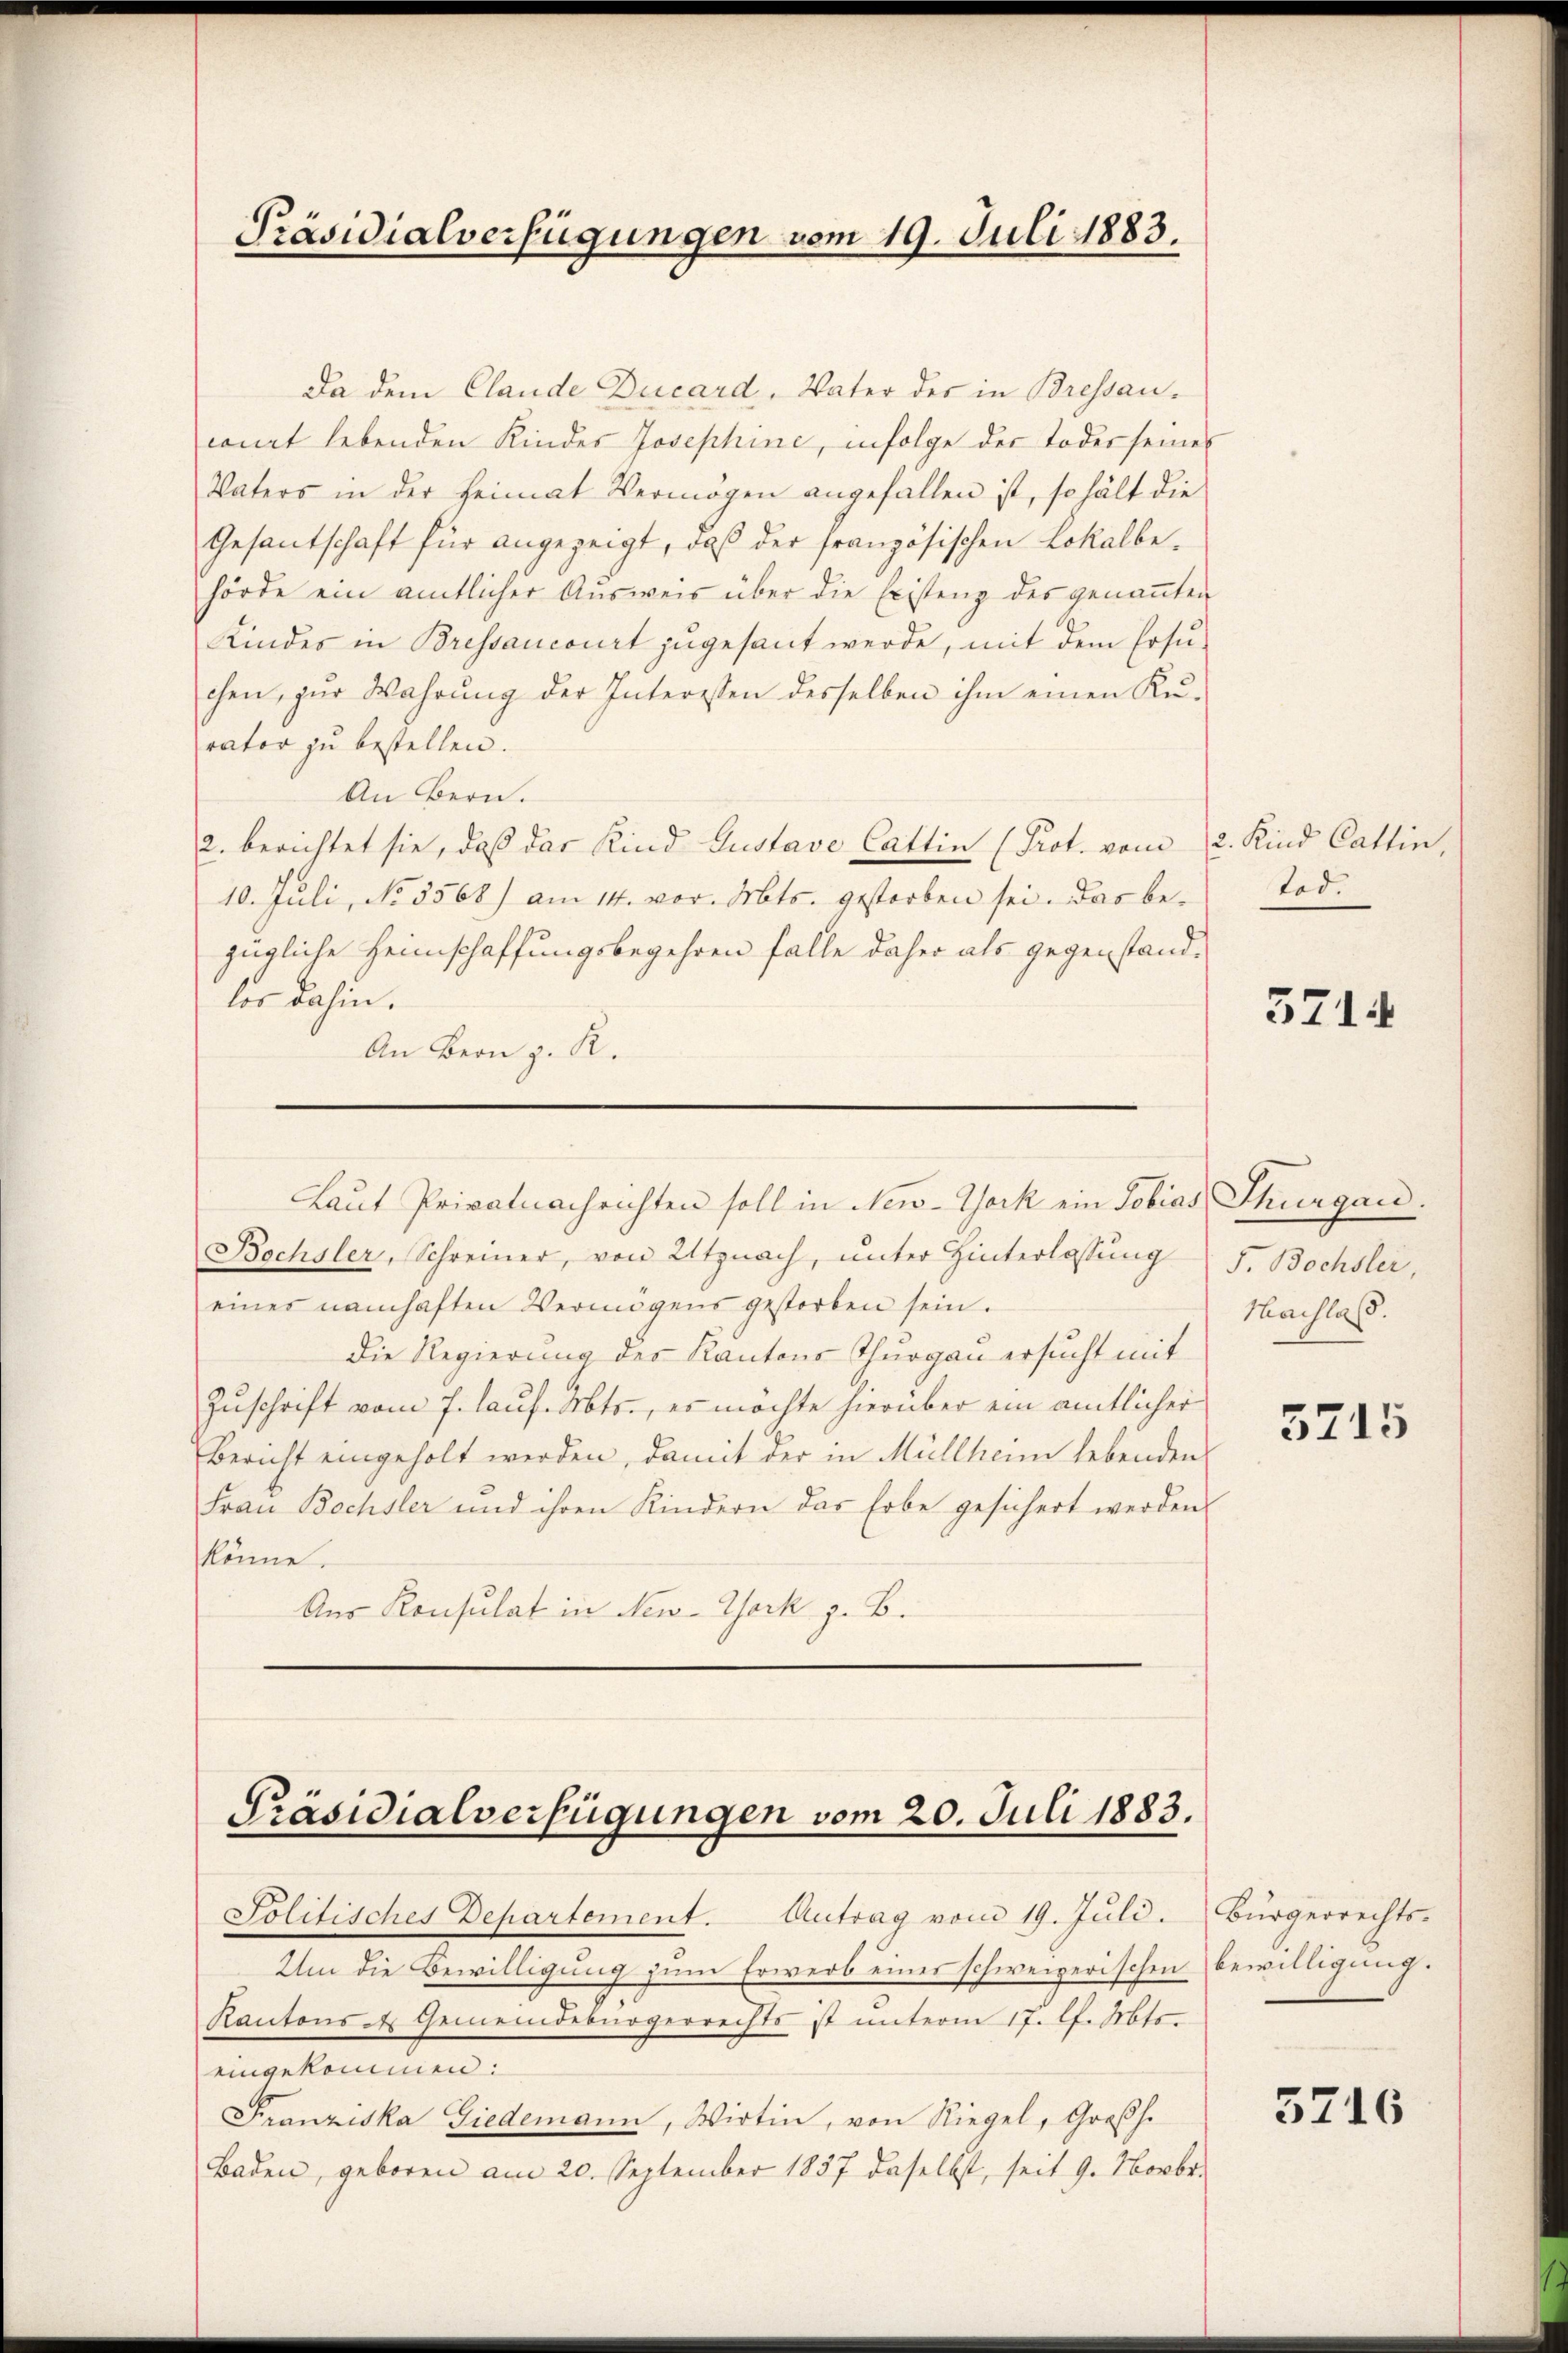
Präsidialverfügungen vom 19. Juli 1883.

Da dem Claude Ducard, Vater der in Bressaucomit lebenden Kinder Josephine, infolge der Todesseines
Vaters in der Heimat Vermögen angefällen ist, so hält die
Gesantschaft für angezeigt, daß der französischen Lokalbehörde ein amtlicher Ausweis über die Existenz des genannten
Kindes in Bressancourt zugesant werde, mit dem Ersuchen, zŭr Wahrŭng der Interessen desselben ihm einen Kŭ-
rator zu bestellen.
An Bern.
2. berichtet sie, daß das Kind Gustave Cattin (Prot. vom 2. Kind Cattin
10. Juli, No 3568) am 14. vor. Mts. gestorben sei. Das bezügliche Heimschaffungsbegehren falle daher als gegenstandlor dahin.
An Bern z. R.

Bochsler, Schreiner, von Utznach, unter Hinterlassung
eines namhaften Vermögens gestorben sein.
Die Regierung des Kantons Thurgau ersucht mit
Zuschrift vom 7. Laus. Mts., es möchte hierüber ein amtlicher
Bericht eingeholt werden, damit der in Müllheim lebenden
Frau Bachsler und ihren Kindern das Erbe gesichert werden.
könne.
Aus Konsulat in New-York z. B.

Laut Privatnachrichten soll in New-York ein Tobias Thurgau,

Präsidialverfügungen vom 20. Juli 1883.
Politisches Departement. Antrag vom 19. Juli.

Um die Bewilligung zum Erwerb einer schweizerischen bewilligung.
Kantons des Gemeindebürgerrechts ist unterm 17. l. Mts.
eingekommen:
Franziska Giedemann, Wirtin, von Riegel, Großh.
Baden, geboren am 20. September 1857 daselbst, seit 9. Novbr.

Tod.

371.

F. Bochsler,
Nachlaß.

5715

Bürgerrechts¬

5716